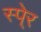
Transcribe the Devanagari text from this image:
स्पे्र